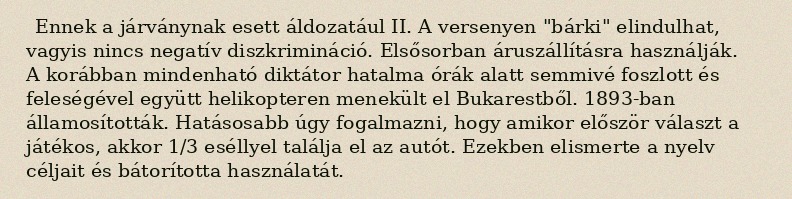
Ennek a járványnak esett áldozatául II. A versenyen "bárki" elindulhat, vagyis nincs negatív diszkrimináció. Elsősorban áruszállításra használják. A korábban mindenható diktátor hatalma órák alatt semmivé foszlott és feleségével együtt helikopteren menekült el Bukarestből. 1893-ban államosították. Hatásosabb úgy fogalmazni, hogy amikor először választ a játékos, akkor 1/3 eséllyel találja el az autót. Ezekben elismerte a nyelv céljait és bátorította használatát.